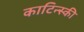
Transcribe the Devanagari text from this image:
काटिन्स्की